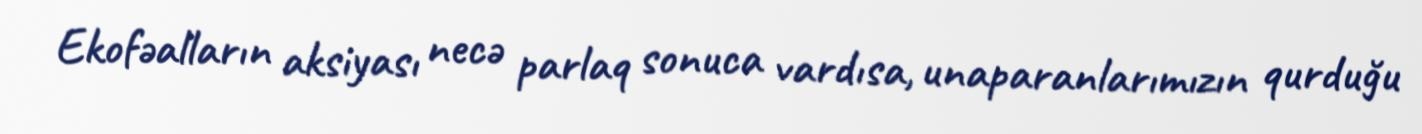
Ekofəalların aksiyası necə parlaq sonuca vardısa, unaparanlarımızın qurduğu